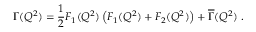
\Gamma ( Q ^ { 2 } ) = { \frac { 1 } { 2 } } F _ { 1 } ( Q ^ { 2 } ) \left( F _ { 1 } ( Q ^ { 2 } ) + F _ { 2 } ( Q ^ { 2 } ) \right) + { \overline { { \Gamma } } } ( Q ^ { 2 } ) \ .